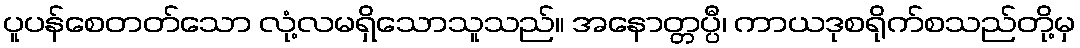
ပူပန်စေတတ်သော လုံ့လမရှိသောသူသည်။ အနောတ္တပ္ပီ၊ ကာယဒုစရိုက်စသည်တို့မှ